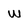
Character: w